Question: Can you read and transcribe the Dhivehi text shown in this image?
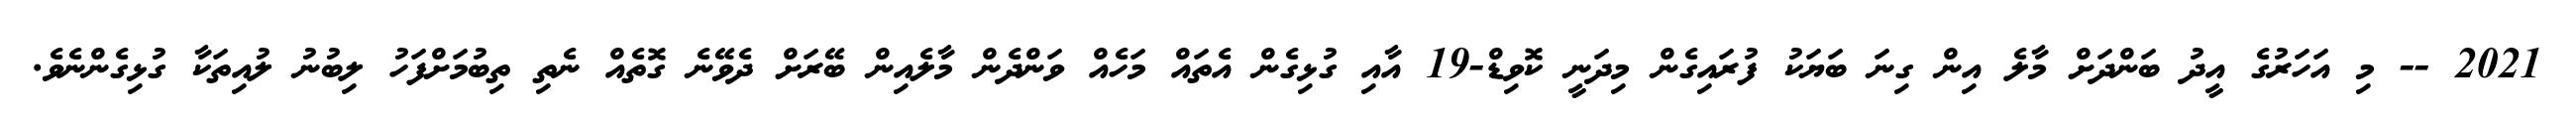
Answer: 2021 -- މި އަހަރުގެ އީދު ބަންދަށް މާލެ އިން ގިނަ ބަޔަކު ފުރައިގެން މިދަނީ ކޮވިޑް-19 އާއި ގުޅިގެން އެތައް މަހެއް ވަންދެން މާލެއިން ބޭރަށް ދެވޭނެ ގޮތެއް ނެތި ތިބުމަށްފަހު ލިބުނު ލުއިތަކާ ގުޅިގެންނެވެ.